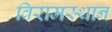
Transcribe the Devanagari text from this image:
विरामस्थान